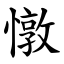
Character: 憞